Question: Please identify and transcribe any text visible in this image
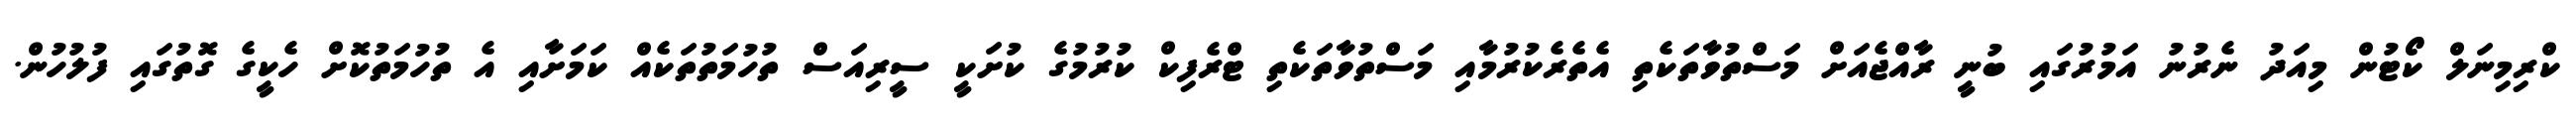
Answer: ކްރިމިނަލް ކޯޓުން މިއަދު ނެރުނު އަމުރުގައި ބުނީ ރާއްޖެއަށް މަސްތުވާތަކެތި އެތެރެކުރުމާއި މަސްތުވާތަކެތި ޓްރެފިކް ކުރުމުގެ ކުށަކީ ސީރިއަސް ތުހުމަތުތަކެއް ކަމަށާއި އެ ތުހުމަތުކޮށް ހެކީގެ ގޮތުގައި ފުލުހުން.